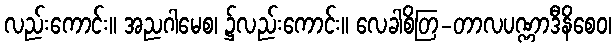
လည်းကောင်း။ အညဂါမေစ၊ ၌လည်းကောင်း။ လေခါစိတြ-တာလပဏ္ဏာဒီနိစေဝ၊